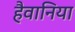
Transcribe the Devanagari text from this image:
हैवानिया